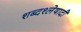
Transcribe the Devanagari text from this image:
शब्दश्लेषादी